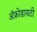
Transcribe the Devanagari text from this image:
ॲफ्रोडायटी